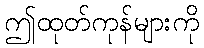
ဤထုတ်ကုန်များကို